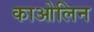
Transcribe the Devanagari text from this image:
काओलिन